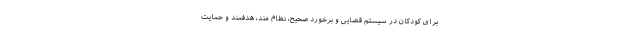
برای کودکان در سیستم قضایی و برخورد صحیح، نظام مند، هدفمند و حمایت